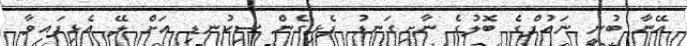
އޭނާ ބުނީ ނައުފްގެ ބޮލުގެ ނާށިގަނޑު ފެޅިގެން ސިކުނޑި އަށް ލޭ އެޅިފައިވާ